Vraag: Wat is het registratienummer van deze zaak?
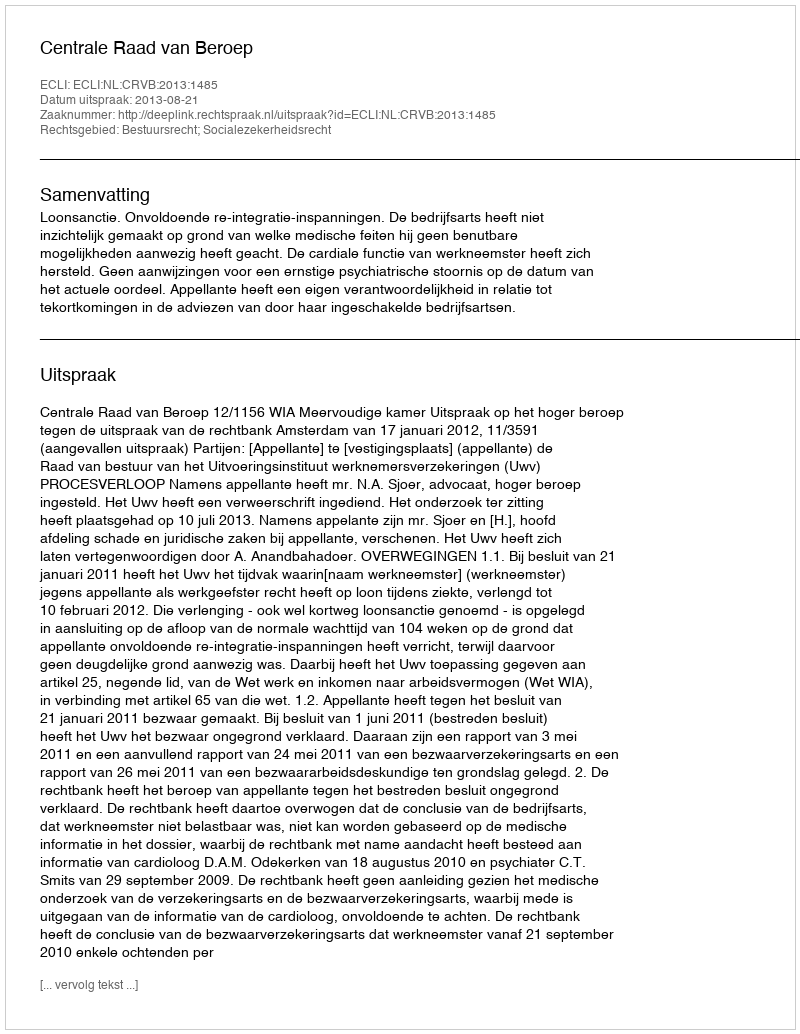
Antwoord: http://deeplink.rechtspraak.nl/uitspraak?id=ECLI:NL:CRVB:2013:1485